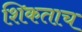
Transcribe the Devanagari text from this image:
शिकताच